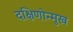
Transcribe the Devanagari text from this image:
दक्षिणोन्मुख